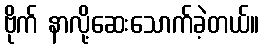
ဗိုက် နာလို့ဆေးသောက်ခဲ့တယ်။